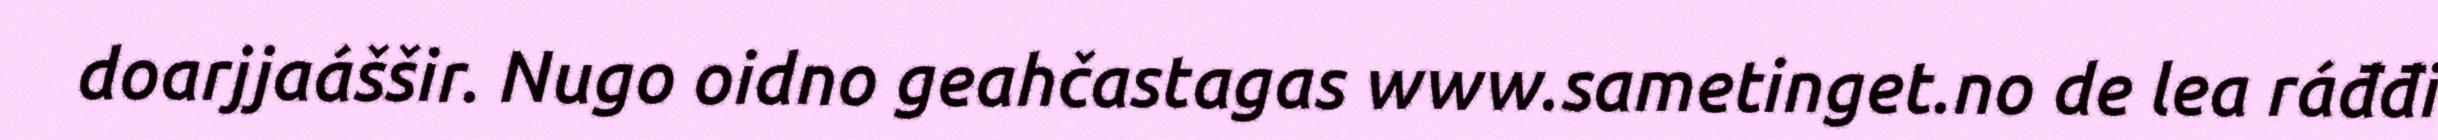
doarjjaáššir. Nugo oidno geahčastagas www.sametinget.no de lea ráđđi